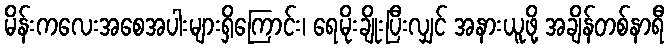
မိန်းကလေးအစေအပါးများရှိကြောင်း၊ ရေမိုးချိုးပြီးလျှင် အနားယူဖို့ အချိန်တစ်နာရီ